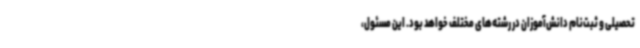
تحصیلی و ثبت‌نام دانش‌آموزان در رشته‌های مختلف خواهد بود. این مسئول،